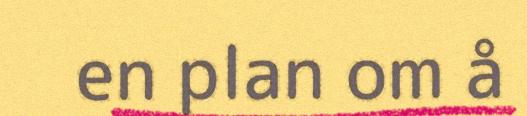
en plan om å